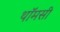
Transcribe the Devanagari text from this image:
थॉमसी